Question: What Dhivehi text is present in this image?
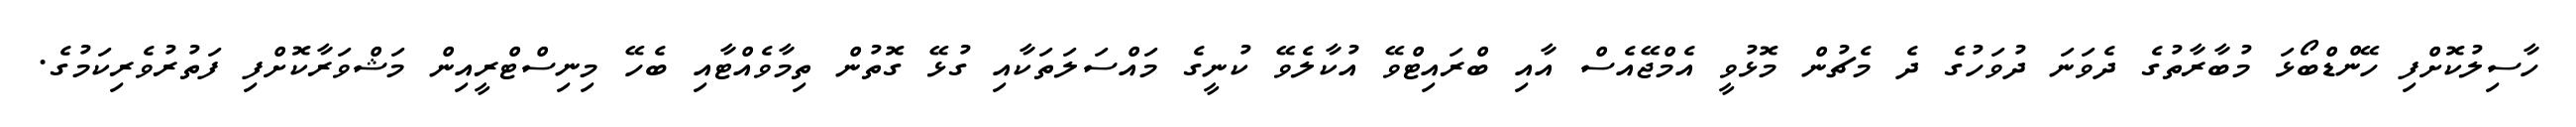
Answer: ހާސިލުކޮށްފި ހޭންޑްބޯޅަ މުބާރާތުގެ ދެވަނަ ދުވަހުގެ ދެ މެޗުން މޮޅުވީ އެމްޖޭއެސް އާއި ބްރައިޓްވޭ އުކާލެވޭ ކުނީގެ މައްސަލަތަކާއި ގުޅޭ ގޮތުން ތިމާވެއްޓާއި ބެހޭ މިނިސްޓްރީއިން މަޝްވަރާކޮށްފި ފަތުރުވެރިކަމުގެ.